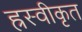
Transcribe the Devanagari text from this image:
ह्रस्वीकृत